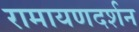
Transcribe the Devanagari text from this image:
रामायणदर्शन